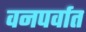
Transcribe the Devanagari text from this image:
वनपर्वात